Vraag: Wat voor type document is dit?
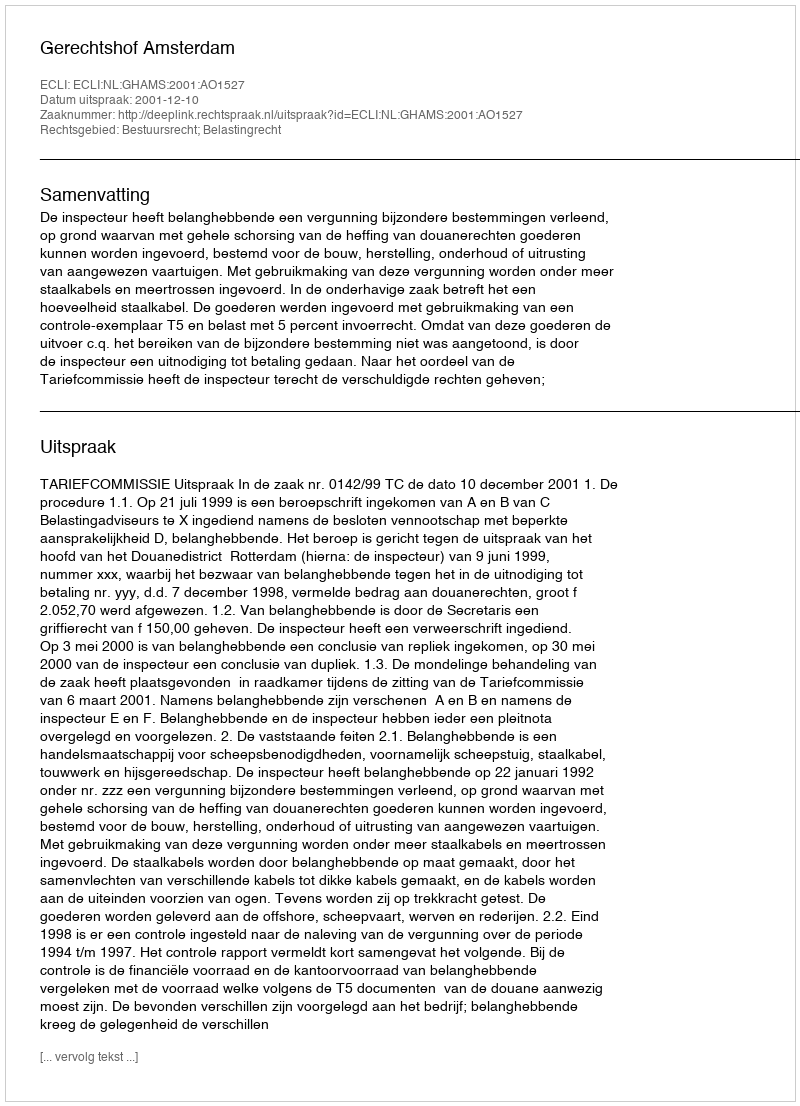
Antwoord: Uitspraak